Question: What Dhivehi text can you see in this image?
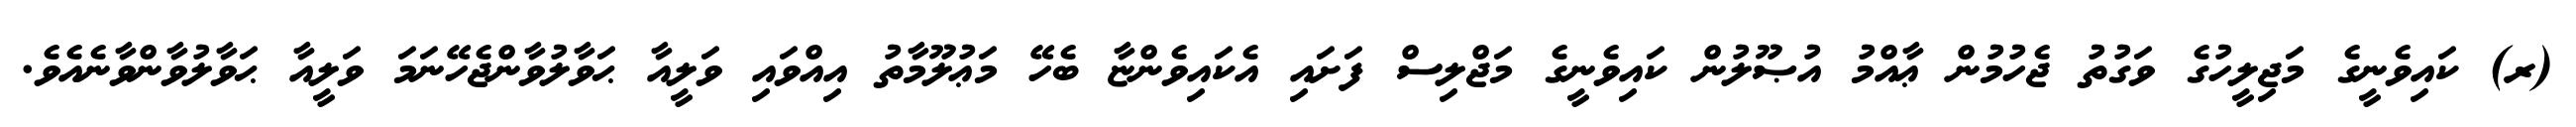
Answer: (ރ) ކައިވެނީގެ މަޖިލީހުގެ ވަގުތު ޖެހުމުން ޢާއްމު އުޞޫލުން ކައިވެނީގެ މަޖްލިސް ފަށައި އެކައިވެންޏާ ބެހޭ މަޢުލޫމާތު އިއްވައި ވަލީއާ ޙަވާލުވާންޖެހޭނަމަ ވަލީއާ ޙަވާލުވާންވާނެއެވެ.